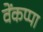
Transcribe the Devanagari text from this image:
वेंकप्पा